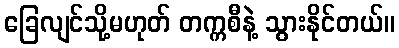
ခြေလျင်သို့မဟုတ် တက္ကစီနဲ့ သွားနိုင်တယ်။